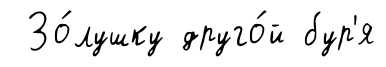
Зо́лушку друго́й бур'я